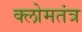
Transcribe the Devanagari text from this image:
क्लोमतंत्र